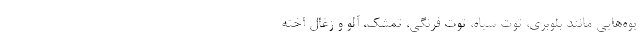
یوه‌هایی مانند بلوبری، توت سیاه، توت فرنگی، تمشک، آلو و زغال اخته